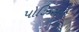
પોઝિસન